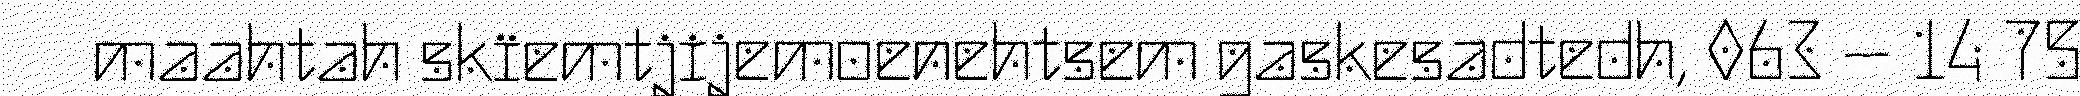
maahtah skïemtjijemoenehtsem gaskesadtedh, 063 – 14 75